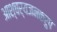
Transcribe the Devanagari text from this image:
आश्चर्यजनकरुप